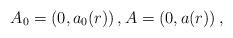
LaTeX: \begin{align*} A_0=(0, a_0(r))\,, A=(0, a(r))\,,\end{align*}